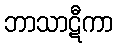
ဘာသာဋီကာ